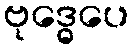
ဗုဒ္ဓေပေ